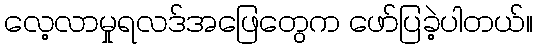
လေ့လာမှုရလဒ်အဖြေတွေက ဖော်ပြခဲ့ပါတယ်။